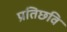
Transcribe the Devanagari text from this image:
प्रतिछवि